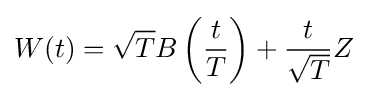
W(t)={\sqrt {T}}B\left({\frac {t}{T}}\right)+{\frac {t}{\sqrt {T}}}Z